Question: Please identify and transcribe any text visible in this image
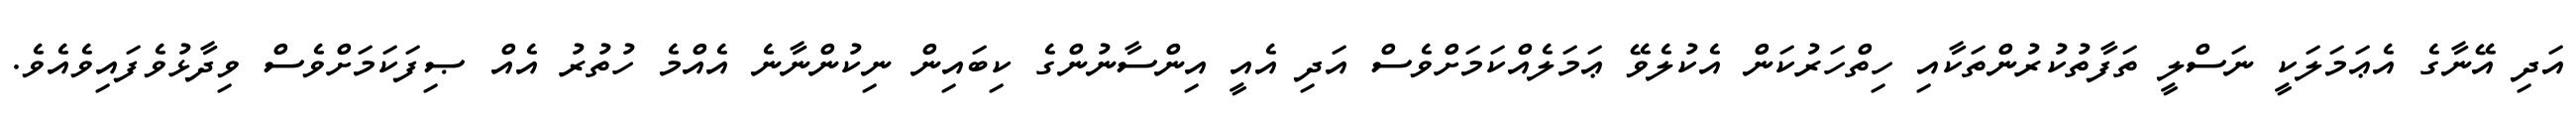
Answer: އަދި އޭނާގެ އެޢަމަލަކީ ނަސްލީ ތަފާތުކުރުންތަކާއި ހިތްހަރުކަން އެކުލެވޭ ޢަމަލެއްކަމަށްވެސް އަދި އެއީ އިންސާނުންގެ ކިބައިން ނިކުންނާނެ އެއްމެ ހުތުރު އެއް ޞިފަކަމަށްވެސް ވިދާޅުވެފައިވެއެވެ.